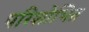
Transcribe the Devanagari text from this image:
परिशोभित